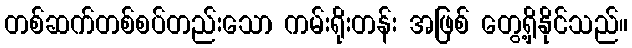
တစ်ဆက်တစ်စပ်တည်းသော ကမ်းရိုးတန်း အဖြစ် တွေ့ရှိနိုင်သည်။